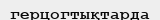
герцогтықтарда